Senior Leaving Certificate Examination (including Day School Certificate (Higher) General paper), 1949
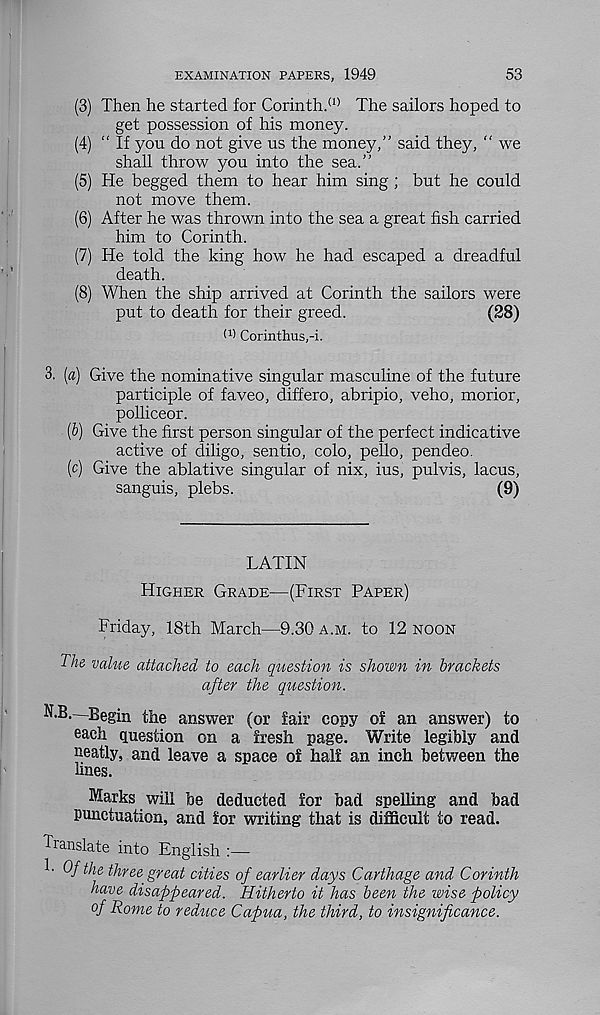
EXAMINATION PAPERS, 1949
53
(3) Then he started for Corinth. (1) The sailors hoped to
get possession of his money.
(4) “ If you do not give us the money,” said they, “ we
shall throw you into the sea.”
(5) He begged them to hear him sing; but he could
not move them.
(6) After he was thrown into the sea a great fish carried
him to Corinth.
(7) He told the king how he had escaped a dreadful
death.
(8) When the ship arrived at Corinth the sailors were
put to death for their greed.
(28)
(1) Corinthus,-i.
3. [a) Give the nominative singular masculine of the future
participle of faveo, differo, abripio, veho, morior,
polliceor.
(b) Give the first person singular of the perfect indicative
active of diligo, sentio, colo, pello, pendeo.
(c) Give the ablative singular of nix, ius, pulvis, lacus,
sanguis, plebs.
(9)
LATIN
Higher Grade—(First Paper)
Friday, 18th March—9.30 a.m. to 12 noon
The value attached to each question is shown in brackets
after the question.
N.B.—Begin the answer (or fair copy of an answer) to
each question on a fresh page. Write legibly and
neatly, and leave a space of half an inch between the
lines.
Marks will be deducted for bad spelling and bad
punctuation, and for writing that is difficult to read.
Translate into English :—
1- Of the three great cities of earlier days Carthage and Corinth
have disappeared. Hitherto it has been the wise policy
of Rome to reduce Capua, the third, to insignificance.